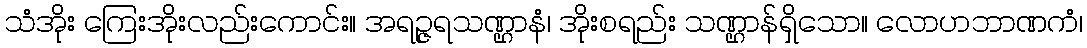
သံအိုး ကြေးအိုးလည်းကောင်း။ အရဉ္ဇရသဏ္ဌာနံ၊ အိုးစရည်း သဏ္ဌာန်ရှိသော။ လောဟဘာဏကံ၊